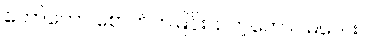
တော်တော် စောက်ကမြင်းထတဲ့ကောင်မလေး။